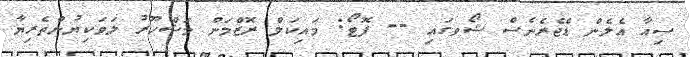
ސިއާ އެލެން ޑެޖެރެނެސް ޝޯވގައި -- ފޮޓޯ: މައިކަލް ރޮޒްމަން މަޝްހޫރު ލަވަކިޔުންތެރިޔާ